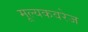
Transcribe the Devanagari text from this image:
मूल्यकवरेज